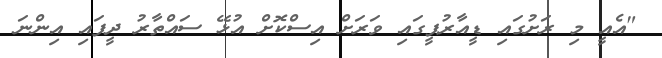
"އެއީ މި ރަށުގައި ޑީއާރުޕީގައި ވަރަށް އިސްކޮށް އުޅޭ ސައްތާރު ދީފައި އިންނަ